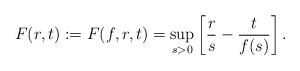
LaTeX: \begin{align*}F(r,t) : =F(f, r,t)= \sup_{s>0} \left[ \frac{r}{s} - \frac{t}{f(s)} \right].\end{align*}